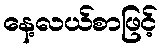
နေ့လယ်စာဖြင့်